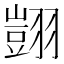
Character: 𦒀